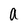
Character: a